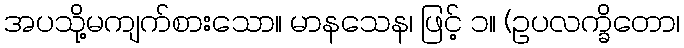
အပသို့မကျက်စားသော။ မာနသေန၊ ဖြင့် ၁။ (ဥပလက္ခိတော၊